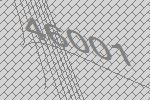
46001